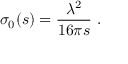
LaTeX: \sigma _ { 0 } ( s ) = \frac { \lambda ^ { 2 } } { 1 6 \pi s } \ .